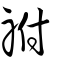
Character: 祔